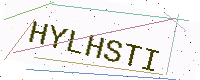
Text: HYLHSTI